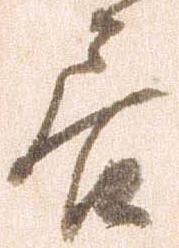
居